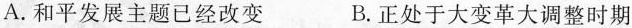
A.和平发展主题已经改变 B.正处于大变革大调整时期